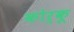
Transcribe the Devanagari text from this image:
कोर्कू